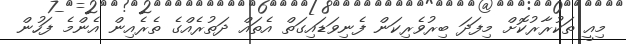
މިއީ ތަކުރާރުކޮށް މިފަދަ ބިރުވެރިކަން ފެނިވަޑައިގަތް އެތައް ދަތުރެއްގެ ތެރެއިން އެންމެ ފަހުން